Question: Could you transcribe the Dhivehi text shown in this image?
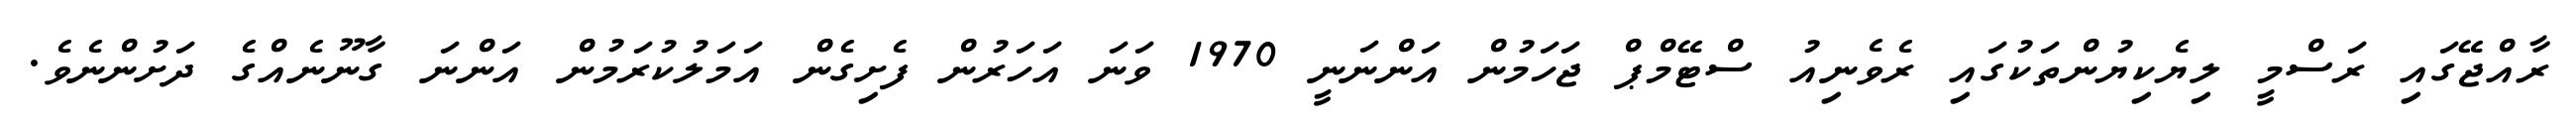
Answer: ރާއްޖޭގައި ރަސްމީ ލިޔެކިޔުންތަކުގައި ރެވެނިއު ސްޓޭމްޕް ޖަހަމުން އަންނަނީ 1970 ވަނަ އަހަރުން ފެށިގެން އަމަލުކުރަމުން އަންނަ ގާނޫނެއްގެ ދަށުންނެވެ.